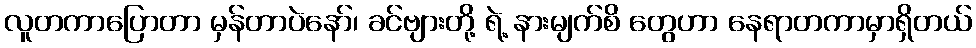
လူတကာပြောတာ မှန်တာပဲနော်၊ ခင်ဗျားတို့ ရဲ့ နားမျက်စိ တွေဟာ နေရာတကာမှာရှိတယ်